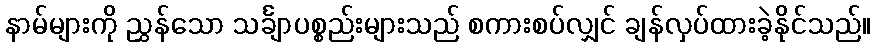
နာမ်များကို ညွှန်သော သင်္ချာပစ္စည်းများသည် စကားစပ်လျှင် ချန်လှပ်ထားခဲ့နိုင်သည်။